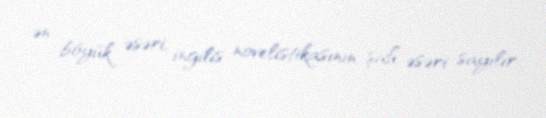
ən böyük əsəri, ingilis novelistikasının şah əsəri sayılır.